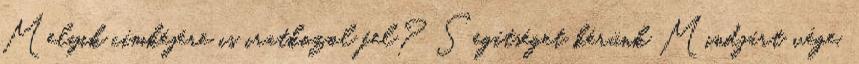
Melyik címkéjére is iratkozol fel? Segítséget kérünk Mindjárt vége,